Lunatic asylums United Provinces 1909-1921 - 1909-1921
Year: 1909
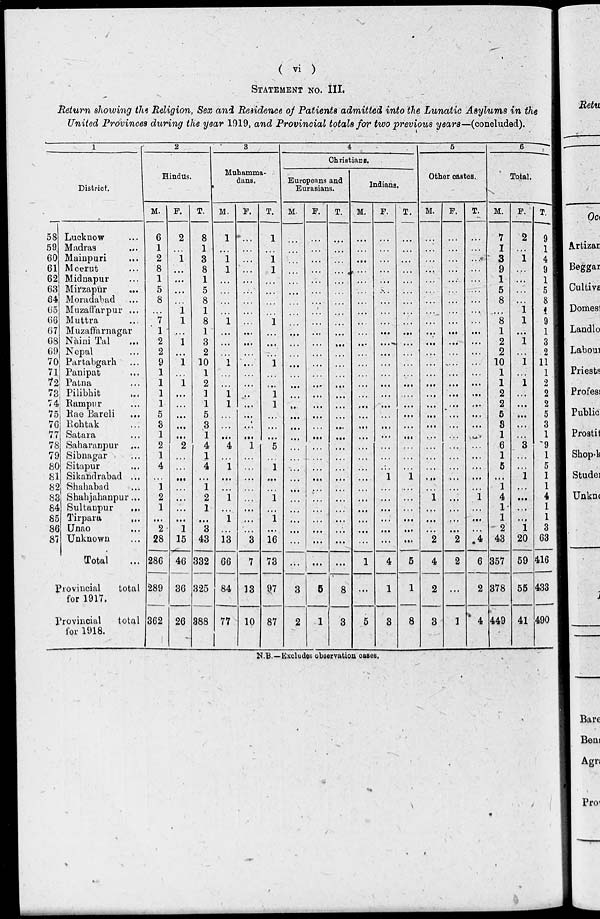
( vi )
STATEMENT NO. III.
Return showing the Religion, Sex and Residence of Patients admitted into the Lunatic Asylums in the
United Provinces during the year 1919, and Provincial totals for two previous years—(concluded).
1
District.
58
59
60
61
62
63
64
65
66
67
68
69
70
71
72
73
74
75
76
77
78
79
80
81
82
83
84
85
86
87
Lucknow ...
Madras ...
Mainpuri ...
Meerut ...
Midnapur ...
Mirzapur ...
Moradabad ...
Muzaffarpur ...
Muttra ...
Muzaffarnagar
Nàini Tal ...
Nepal ...
Partabgarh ...
Panipat ...
Patna ...
Pilibhit ...
Rampur ...
Rae Bareli ...
Rohtak ...
Satara ...
Saharanpur ...
Sibnagar ...
Sitapur ...
Sikandrabad ...
Shahabad ...
Shahjahanpur...
Sultanpur
...
Tirpara
...
Unao ...
Unknown ...
Total ...
Provincial
total
for 1917.
Provincial
total
for 1918.
2
Hindus.
M.
6
1
2
8
1
5
8
...
7
1
2
2
9
1
1
1
1
5
3
1
2
1
4
...
1
2
1
...
2
28
286
289
362
F.
2
…
1
…
...
...
…
1
1
...
1
...
1
…
1
...
...
...
...
...
2
...
...
...
…
...
...
...
1
15
46
36
26
T.
8
1
3
8
1
5
8
1
8
1
3
2
10
1
2
1
1
5
3
1
4
1
4
...
1
2
1
...
3
43
332
325
388
3
Muhamma-
dans.
M.
1
…
1
1
…
...
…
...
1
...
...
…
1
...
…
1
1
…
…
...
4
...
1
...
…
1
...
1
...
13
66
84
77
F.
...
...
...
...
...
…
…
...
…
...
…
…
...
...
...
…
...
...
…
...
1
...
...
...
…
...
...
...
…
3
7
13
10
T.
1
…
1
1
…
…
…
…
1
…
…
…
1
…
...
1
1
...
…
...
5
…
1
...
…
1
...
1
…
16
73
97
87
4
Christians.
Europeans and
Eurasians.
M.
...
…
…
…
…
...
…
…
…
...
…
…
...
…
…
…
...
…
…
…
…
…
…
…
…
…
...
...
…
...
...
3
2
F.
…
…
...
…
...
…
…
…
…
...
...
…
...
…
...
...
…
…
…
...
...
…
...
…
...
...
...
…
…
…
5
1
T.
…
...
...
...
…
…
…
…
…
...
…
...
…
…
…
...
...
...
...
...
...
...
…
...
…
...
...
...
...
...
...
8
3
Indians.
M.
...
...
...
...
…
...
…
...
...
…
…
...
…
...
…
...
…
…
...
...
...
…
…
…
…
...
...
…
...
...
1
...
5
F.
…
...
…
...
...
…
...
...
…
...
...
...
...
...
...
...
...
...
...
...
...
…
…
1
...
…
...
...
...
...
4
1
3
T.
...
...
…
...
...
...
...
...
...
…
...
...
...
...
...
....
...
...
...
...
...
...
...
1
…
...
...
…
…
…
5
1
8
5
Other castes.
M.
…
...
...
...
...
...
...
...
...
...
...
...
...
...
...
...
…
...
...
...
...
...
...
...
…
1
...
...
...
2
4
2
3
F.
…
...
...
...
...
...
...
...
...
...
...
...
...
...
…
...
…
...
...
...
…
…
…
...
...
…
…
…
...
2
2
...
1
T.
…
...
…
…
…
...
...
…
...
...
...
...
…
...
...
…
...
…
...
…
…
...
...
... .
1
...
…
…
4
6
2
4
6
Total.
M.
7
1
3
9
1
5
8
…
8
1
2
2
10
1
1
2
2
5
3
1
6
1
5
…
1
4
1
1
2
43
357
378
449
F.
2
...
1
...
…
…
...
1
1
…
1
...
1
...
1
…
...
...
...
…
3
…
…
1
…
...
…
...
1
20
59
55
41
T.
9
1
4
9
1
5
8
1
9
1
3
2
11
1
2
2
2
5
3
1
9
1
5
1
1
4
1
1
3
63
416
433
490
N.B.—Excludes observation cases.